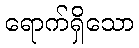
ရောက်ရှိသော